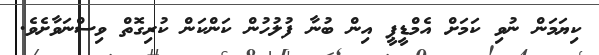
ކިޔަމަން ނުވި ކަމަށް އެމްޑީޕީ އިން ބުނާ ފުލުހުން ކަންކަން ކުރިގޮތް ވިސްނަވާށެވެ.